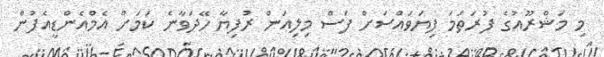
މި މަޝްރޫއުގެ ފުރަތަމަ ފިޔަވައްސަށް ފަސް މިލިއަން ރުފިޔާ ހޭދަވާނެ ކަމަށް އެމްއެންޑީއެފުން